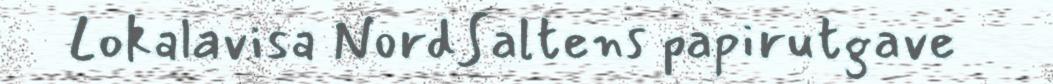
Lokalavisa NordSaltens papirutgave